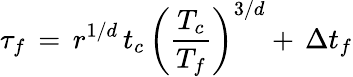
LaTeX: \tau_{f}\, =\, r^{1/d}\, t_{c}\, \left({\frac{\displaystyle T_{c}}{\displaystyle T_{f}}}\right)^{3/d}+\, \Delta t_{f}